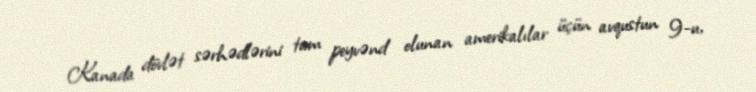
Kanada dövlət sərhədlərini tam peyvənd olunan amerikalılar üçün avqustun 9-u,